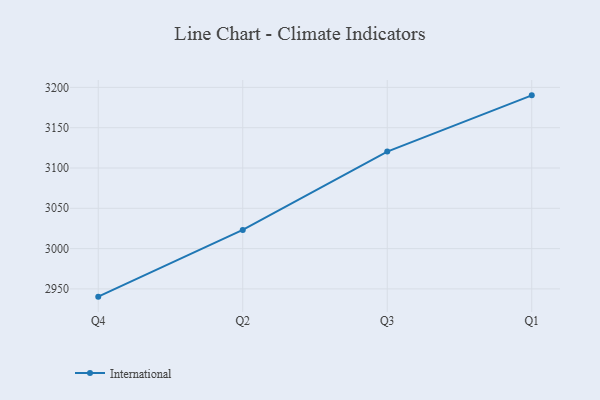
{"axis": {"x": "Quarter", "y": "Demand Index"}, "legend": ["International"], "data": [{"x": "Q4", "y": 2940.4, "type": "International"}, {"x": "Q2", "y": 3023.1, "type": "International"}, {"x": "Q3", "y": 3120.4, "type": "International"}, {"x": "Q1", "y": 3190.1, "type": "International"}]}